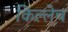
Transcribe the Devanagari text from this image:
किल्लेच